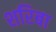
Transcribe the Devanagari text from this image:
शरिबा